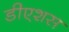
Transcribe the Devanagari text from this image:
डीएशस